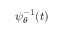
\, \psi _ { \theta } ^ { - 1 } ( t )